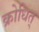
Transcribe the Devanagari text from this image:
क्रोधित्